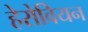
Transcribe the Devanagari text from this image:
हेरोवियन